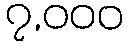
၇,၀၀၀